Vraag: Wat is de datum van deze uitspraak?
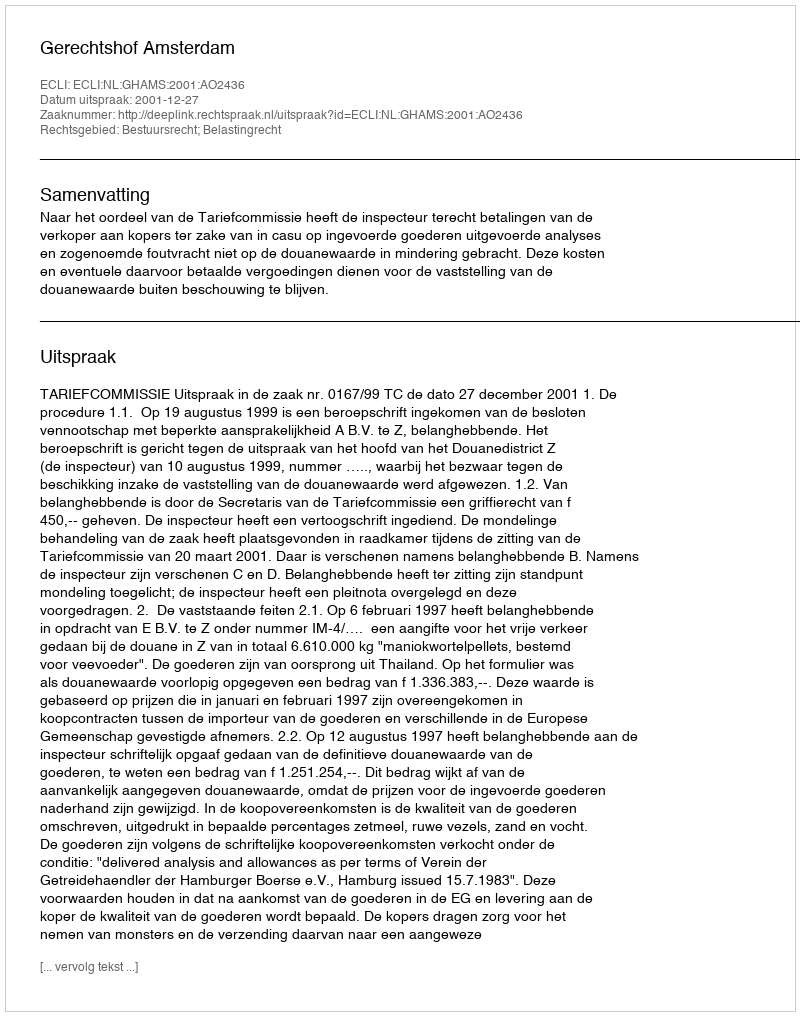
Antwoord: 2001-12-27